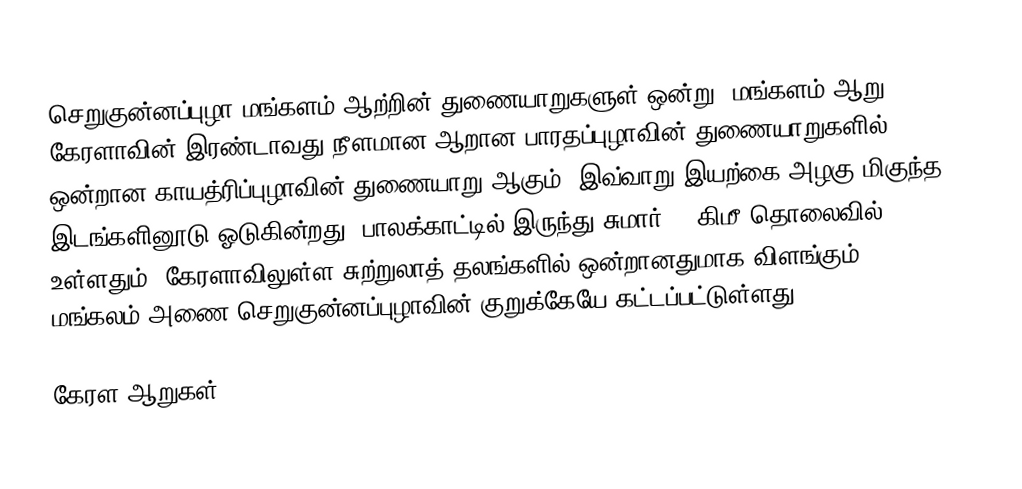
செறுகுன்னப்புழா மங்களம் ஆற்றின் துணையாறுகளுள் ஒன்று. மங்களம் ஆறு, கேரளாவின் இரண்டாவது நீளமான ஆறான பாரதப்புழாவின் துணையாறுகளில் ஒன்றான காயத்ரிப்புழாவின் துணையாறு ஆகும். இவ்வாறு இயற்கை அழகு மிகுந்த இடங்களினூடு ஓடுகின்றது. பாலக்காட்டில் இருந்து சுமார் 48 கிமீ தொலைவில் உள்ளதும், கேரளாவிலுள்ள சுற்றுலாத் தலங்களில் ஒன்றானதுமாக விளங்கும் மங்கலம் அணை செறுகுன்னப்புழாவின் குறுக்கேயே கட்டப்பட்டுள்ளது.

 கேரள ஆறுகள்